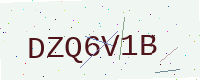
Text: DZQ6V1B